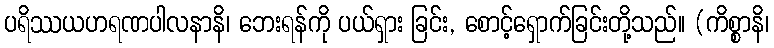
ပရိဿယဟရဏပါလနာနိ၊ ဘေးရန်ကို ပယ်ရှား ခြင်း, စောင့်ရှောက်ခြင်းတို့သည်။ (ကိစ္စာနိ၊